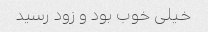
خیلی خوب بود و زود رسید